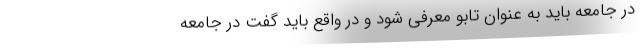
در جامعه باید به عنوان تابو معرفی شود و در واقع باید گفت در جامعه